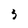
Character: 5